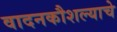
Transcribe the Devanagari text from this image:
वादनकौशल्याचे